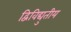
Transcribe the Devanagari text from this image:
द्विविद्युतीय